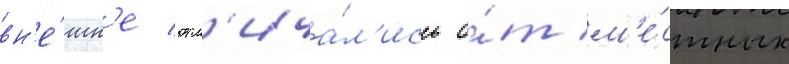
вн'е́шн'е отл'ича́л'ись о́т м'е́стных